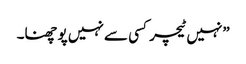
”نہیں ٹیچر کسی سے نہیں پو چھنا۔